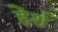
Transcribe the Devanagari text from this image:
हेर्श